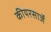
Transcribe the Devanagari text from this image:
कीयरसार्जे